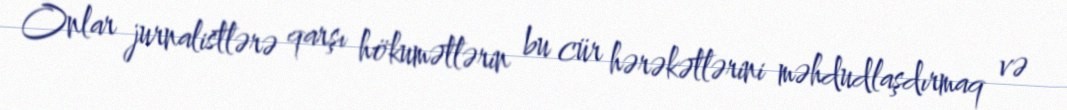
Onlar jurnalistlərə qarşı hökumətlərin bu cür hərəkətlərini məhdudlaşdırmaq və